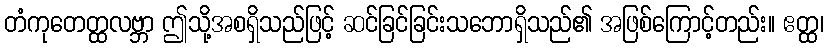
တံကုတေတ္ထလဗ္ဘာ ဤသို့အစရှိသည်ဖြင့် ဆင်ခြင်ခြင်းသဘောရှိသည်၏ အဖြစ်ကြောင့်တည်း။ ဧတ္ထ၊